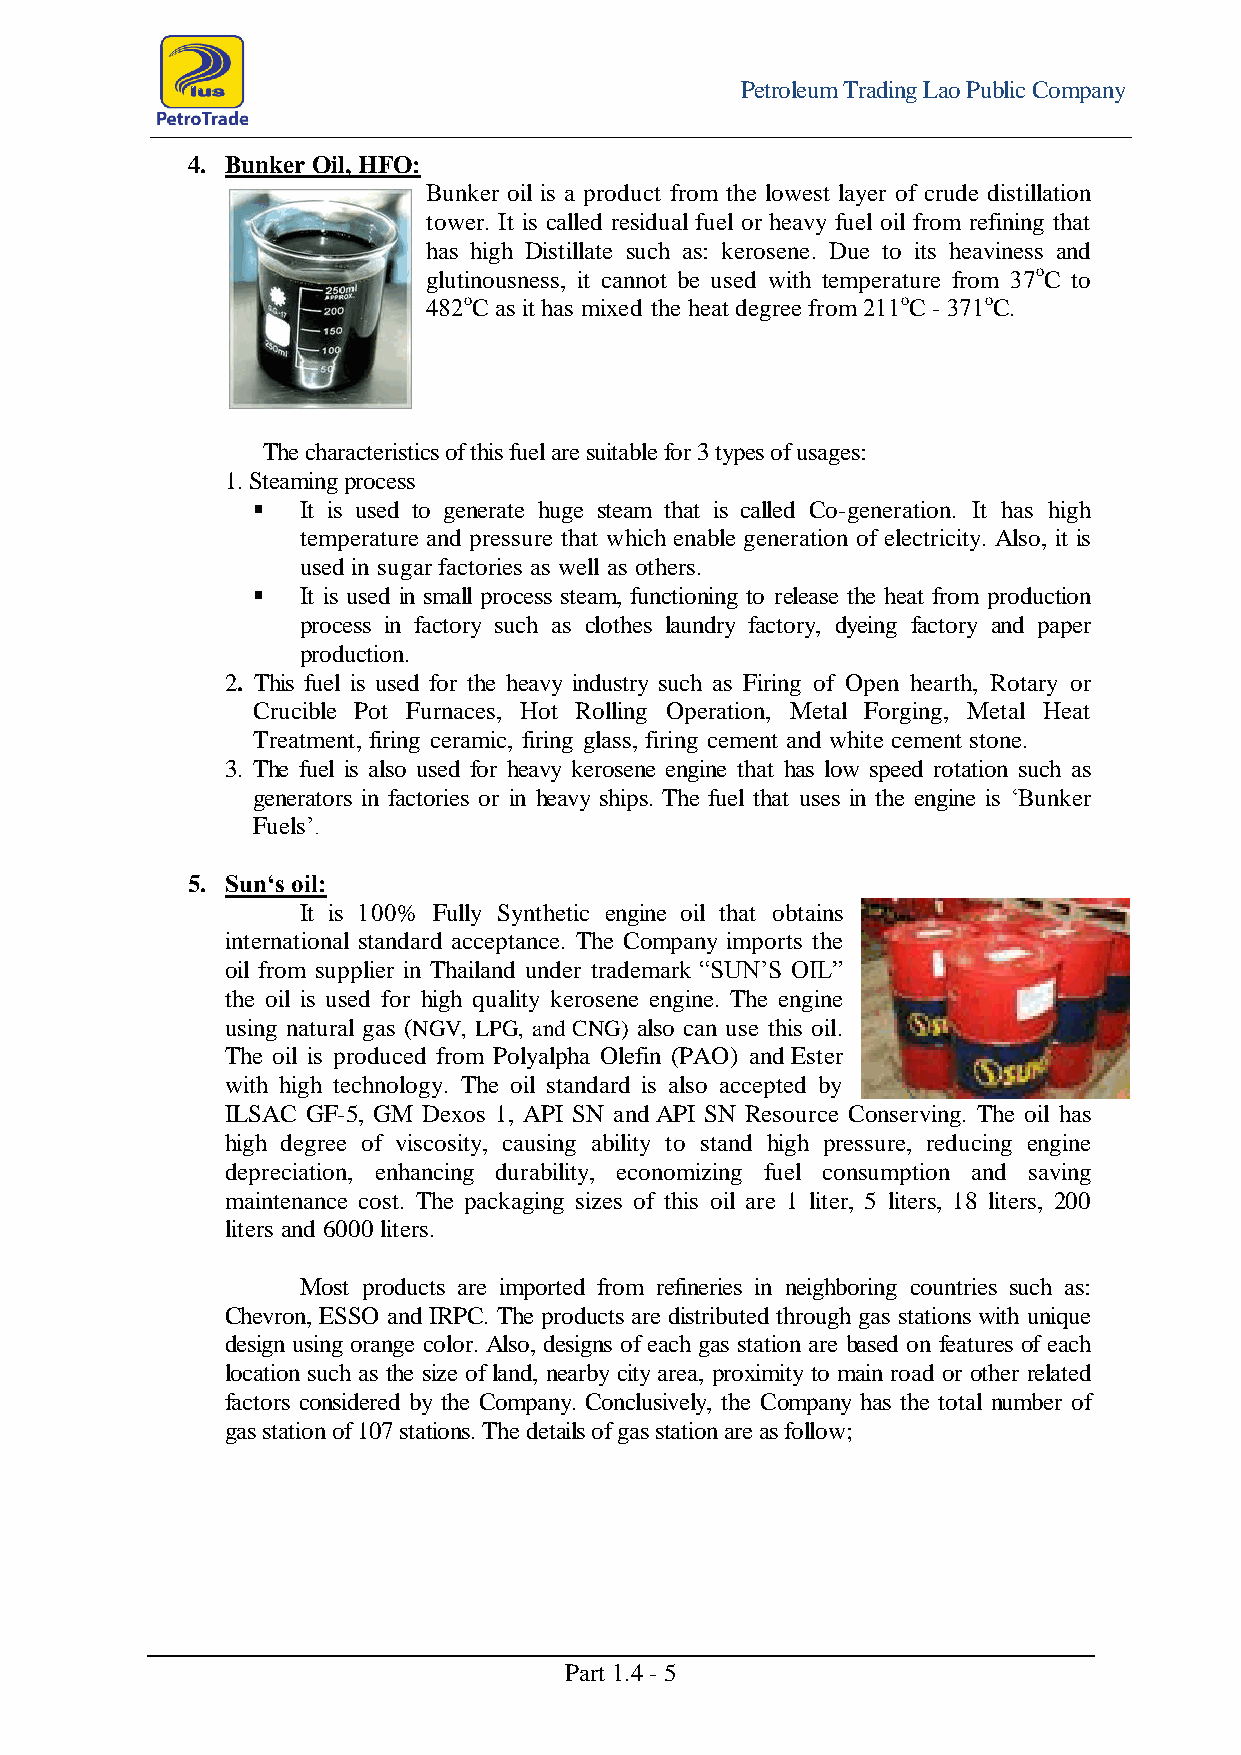
Petroleum Trading Lao Public Company
 4. Bunker Oil, HFO:
 Bunker oil is a product from the lowest layer of crude distillation
 tower. It is called residual fuel or heavy fuel oil from refining that
 has high Distillate such as: kerosene. Due to its heaviness and
 glutinousness, it cannot be used with temperature from 37oC to
 482oC as it has mixed the heat degree from 211oC - 371oC.
 The characteristics of this fuel are suitable for 3 types of usages:
 1. Steaming process
   It is used to generate huge steam that is called Co-generation. It has high
 temperature and pressure that which enable generation of electricity. Also, it is
 used in sugar factories as well as others.
   It is used in small process steam, functioning to release the heat from production
 process in factory such as clothes laundry factory, dyeing factory and paper
 production.
 2. This fuel is used for the heavy industry such as Firing of Open hearth, Rotary or
 Crucible Pot Furnaces, Hot Rolling Operation, Metal Forging, Metal Heat
 Treatment, firing ceramic, firing glass, firing cement and white cement stone.
 3. The fuel is also used for heavy kerosene engine that has low speed rotation such as
 generators in factories or in heavy ships. The fuel that uses in the engine is ‘Bunker
 Fuels’.
 5. Sun‘s oil:
 It is 100% Fully Synthetic engine oil that obtains
 international standard acceptance. The Company imports the
 oil from supplier in Thailand under trademark “SUN’S OIL”
 the oil is used for high quality kerosene engine. The engine
 using natural gas (NGV, LPG, and CNG) also can use this oil.
 The oil is produced from Polyalpha Olefin (PAO) and Ester
 with high technology. The oil standard is also accepted by
 ILSAC GF-5, GM Dexos 1, API SN and API SN Resource Conserving. The oil has
 high degree of viscosity, causing ability to stand high pressure, reducing engine
 depreciation, enhancing durability, economizing fuel consumption and saving
 maintenance cost. The packaging sizes of this oil are 1 liter, 5 liters, 18 liters, 200
 liters and 6000 liters.
 Most products are imported from refineries in neighboring countries such as:
 Chevron, ESSO and IRPC. The products are distributed through gas stations with unique
 design using orange color. Also, designs of each gas station are based on features of each
 location such as the size of land, nearby city area, proximity to main road or other related
 factors considered by the Company. Conclusively, the Company has the total number of
 gas station of 107 stations. The details of gas station are as follow;
 Part 1.4 - 5